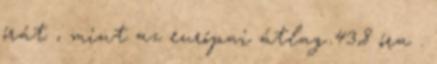
órát , mint az európai átlag 43,8 óra .